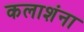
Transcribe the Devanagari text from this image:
कलाशंना